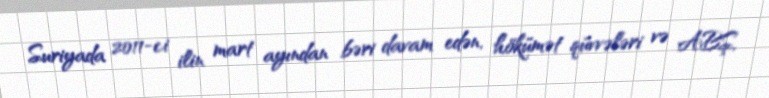
Suriyada 2011-ci ilin mart ayından bəri davam edən, hökümət qüvvələri və ABŞ,